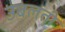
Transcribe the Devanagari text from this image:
उबलती